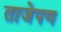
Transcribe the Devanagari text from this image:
ताजेपण